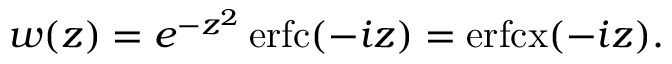
w ( z ) = e ^ { - z ^ { 2 } } \operatorname { e r f c } ( - i z ) = \operatorname { e r f c x } ( - i z ) .